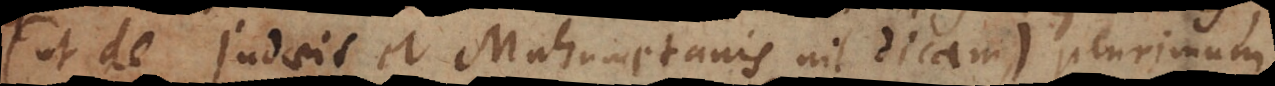
(ut de Judaeis et Mahumetanis nil dicam), plurimum